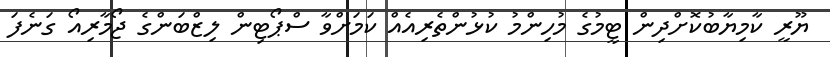
ޔޫރީ ކާމިޔާބުކޮށްދިން ޓީމުގެ މުހިންމު ކުޅުންތެރިއެއް ކަމަށްވާ ސްޕޯޓިން ލިޒްބަންގެ ޖޯމާރިއޯ ގަނެފަ